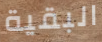
البقية